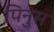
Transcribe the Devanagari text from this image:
पिनुस